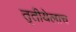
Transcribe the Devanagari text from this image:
तृतीयेलाच